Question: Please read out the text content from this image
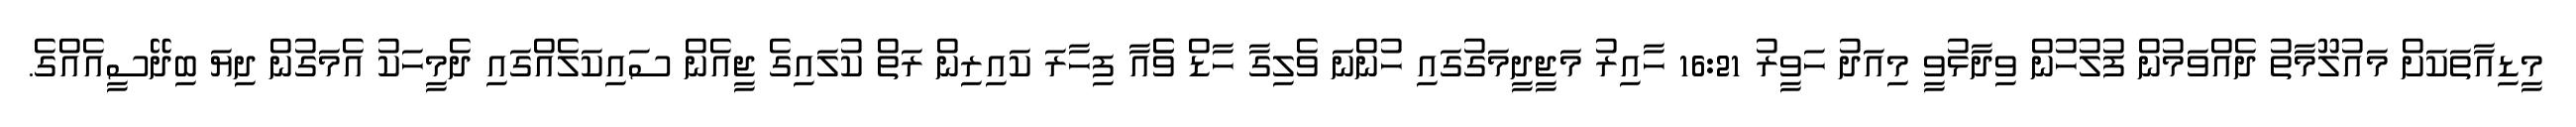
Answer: މީޑިއާތަކަށް މައުލޫމާތު ދެއްވަމުން ފުލުހުން ވިދާޅުވީ މިއަދު ހަވީރު 16:21 ހާއިރު މަޖީދީމަގުގައި ހުންނަ ވެލިގާ ހާޑް ވެެއާ ފިހާރަ ކައިރިން ރަތް ކުލައިގެ ޖީއެން ސައިކަލެއްގައި ދެމީހަކު އެމަގުން ދިޔަ ބިދޭސީއެއްގެ.